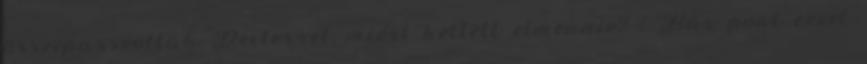
összepasszoltak Dexterrel, miért kellett elmennie? :' Bár pont ezzel